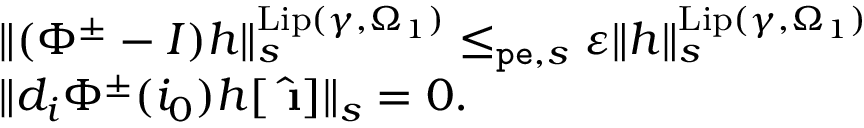
\begin{array} { r l } & { \rVert ( \Phi ^ { \pm } - I ) h \rVert _ { s } ^ { \mathrm { L i p } ( \gamma , \Omega _ { 1 } ) } \le _ { \mathtt { p e } , s } \varepsilon \rVert h \rVert _ { s } ^ { \mathrm { L i p } ( \gamma , \Omega _ { 1 } ) } } \\ & { \rVert d _ { i } \Phi ^ { \pm } ( i _ { 0 } ) h [ \hat { \textbf { \i } } ] \rVert _ { s } = 0 . } \end{array}